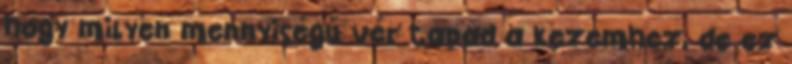
hogy milyen mennyiségű vér tapad a kezemhez, de ez